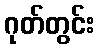
ဂုတ်တွင်း